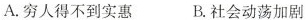
A. 穷人得不到实惠 B. 社会动荡加剧